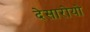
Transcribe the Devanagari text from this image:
देसारोयो